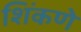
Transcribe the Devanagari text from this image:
शिंकणे